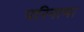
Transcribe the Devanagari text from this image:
परिनाम।